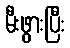
မီးဖွားပြီး